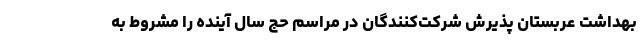
بهداشت عربستان پذیرش شرکت‌کنندگان در مراسم حج سال آینده را مشروط به